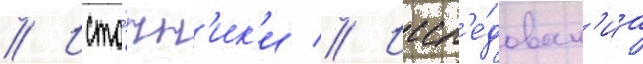
// Исто́чн'ик'и // Иссл'е́дован'иа